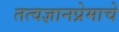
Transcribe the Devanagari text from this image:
तत्वज्ञानप्रेमाचे